Annual report on the lock hospitals of the Madras Presidency
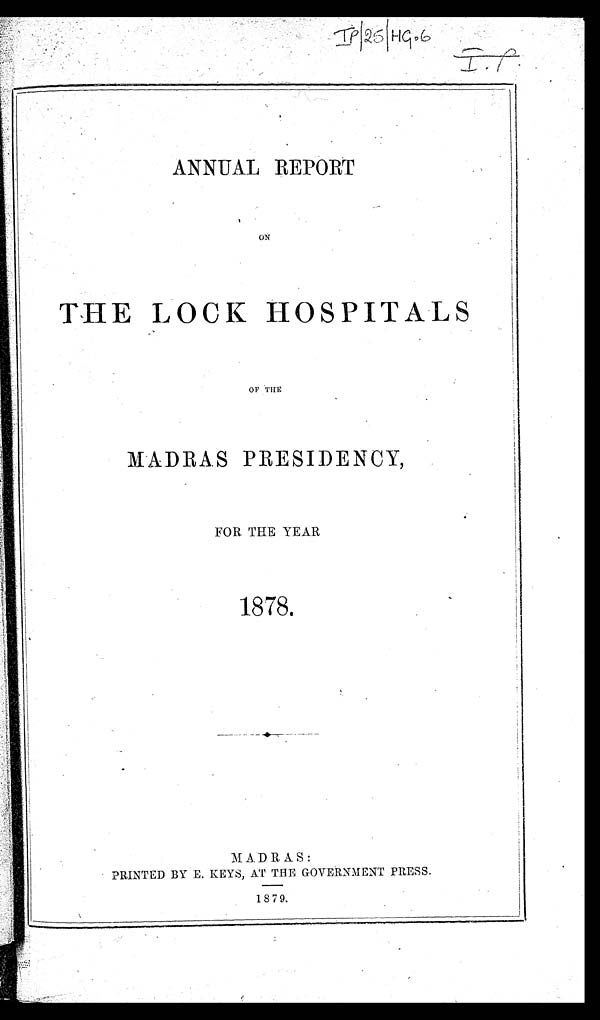
ANNUAL REPORT
ON
THE LOCK HOSPITALS
OF THE
MADRAS PRESIDENCY,
FOR THE YEAR
1878.
MADRAS:
PRINTED BY E. KEYS, AT THE GOVERNMENT PRESS.
1879.